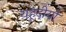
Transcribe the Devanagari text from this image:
यहूदीयो